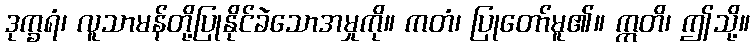
ဒုက္ခရံ၊ လူသာမန်တို့ပြုနိုင်ခဲသောအမှုကို။ ကတံ၊ ပြုတော်မူ၏။ ဣတိ၊ ဤသို့။